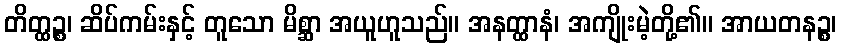
တိတ္ထဉ္စ၊ ဆိပ်ကမ်းနှင့် တူသော မိစ္ဆာ အယူဟူသည်။ အနတ္ထာနံ၊ အကျိုးမဲ့တို့၏။ အာယတနဉ္စ၊